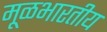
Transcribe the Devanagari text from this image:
मूळभारतीय